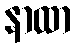
နာထာ